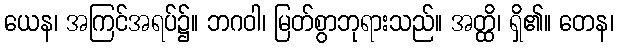
ယေန၊ အကြင်အရပ်၌။ ဘဂဝါ၊ မြတ်စွာဘုရားသည်။ အတ္ထိ၊ ရှိ၏။ တေန၊